Epidemic dropsy in Calcutta - Number 49
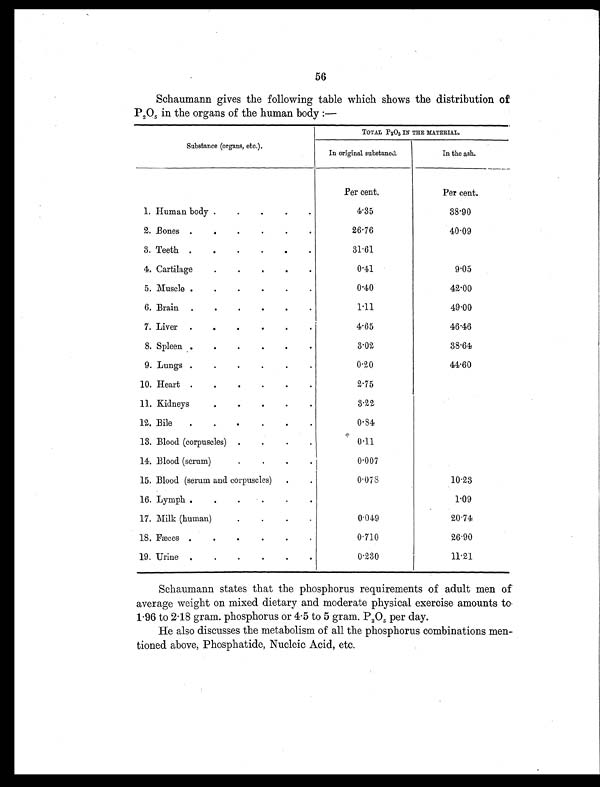
56
Schaumann gives the following table which shows the distribution of
P2O5 in the organs of the human body :—
Substance (organs, etc.).
TOTAL P2O5 IN THE MATERIAL.
In original substance.
In the ash.
Per cent.
Per cent.
1. Human body .
.
.
.
.
4.35
38.90
2. Bones .
.
. .
.
.
26.76
40.09
3. Teeth
.
.
.
. .
.
31.61
4. Cartilage
.
.
.
.
.
0.41
9.05
5. Muscle .
.
.
.
.
.
0.40
42.00
6. Brain .
.
.
.
.
.
1.11
49.00
7. Liver .
.
.
.
.
.
4.65
46.46
8. Spleen .
.
.
.
.
.
3.02
38.64
9. Lungs .
.
.
.
.
.
0.20
44.60
10. Heart .
. .
.
.
.
2.75
11. Kidneys
.
.
. .
.
3.22
12. Bile .
.
.
.
.
.
0.84
13. Blood (corpuscles) .
.
.
.
0.11
14. Blood (serum)
.
. .
.
0.007
15. Blood (serum and corpuscles) .
.
0.078
10.23
16. Lymph .
.
.
.
.
.
1.09
17. Milk (human)
.
. .
.
0.049
20.74
18. Fæces .
.
.
.
.
.
0.710
26.90
19. Urine .
.
.
. .
.
0.230
11.21
Schaumann states that the phosphorus requirements of adult men of
average weight on mixed dietary and moderate physical exercise amounts to
1.96 to 2.18 gram. phosphorus or 4.5 to 5 gram. P 2O5 per day.
He also discusses the metabolism of all the phosphorus combinations men-
tioned above, Phosphatide, Nucleic Acid, etc.